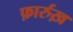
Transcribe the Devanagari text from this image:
फ़ार्रुख़